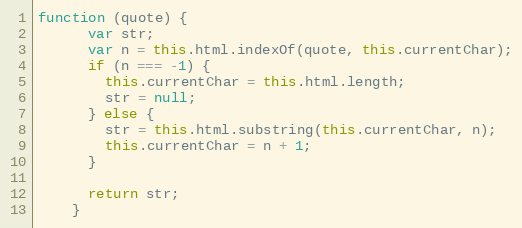
Language: JavaScript
function (quote) {
      var str;
      var n = this.html.indexOf(quote, this.currentChar);
      if (n === -1) {
        this.currentChar = this.html.length;
        str = null;
      } else {
        str = this.html.substring(this.currentChar, n);
        this.currentChar = n + 1;
      }

      return str;
    }